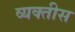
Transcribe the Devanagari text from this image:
व्यक्‍तीस